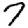
Digit: 7